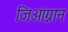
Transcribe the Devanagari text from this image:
जिआंग्नान